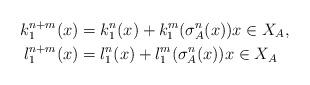
LaTeX: \begin{align*} k_1^{n+m}(x) & = k_1^n(x) + k_1^m(\sigma_A^n(x)) x \in X_A, \\l_1^{n+m}(x) & = l_1^n(x) + l_1^m(\sigma_A^n(x)) x \in X_A\end{align*}